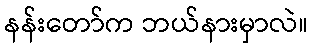
နန်းတော်က ဘယ်နားမှာလဲ။